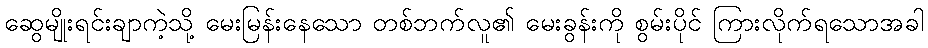
ဆွေမျိုးရင်းချာကဲ့သို့ မေးမြန်းနေသော တစ်ဘက်လူ၏ မေးခွန်းကို စွမ်းပိုင် ကြားလိုက်ရသောအခါ